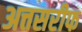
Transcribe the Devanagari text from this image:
अत्तसरीफ